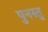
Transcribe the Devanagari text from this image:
पुनस्तु